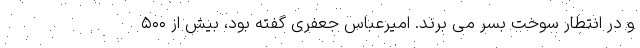
و در انتطار سوخت بسر می برند. امیرعباس جعفری گفته بود، بیش از ۵۰۰